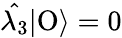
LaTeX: \hat{\lambda_{3}}|\mathrm{O}\rangle=0